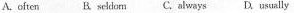
A.often B.seldom C.always D.usually